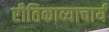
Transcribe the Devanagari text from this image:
रीतिकाव्याचार्य